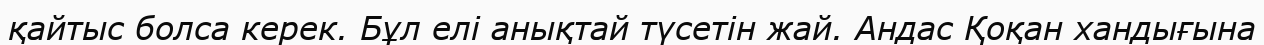
қайтыс болса керек. Бұл елі анықтай түсетін жай. Андас Қоқан хандығына